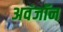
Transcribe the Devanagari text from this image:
अवंजॉन